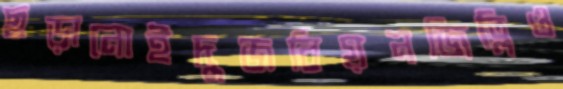
ছড়ানোইদুজবিয়নজিত্লিও